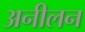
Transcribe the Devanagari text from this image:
अनीलन